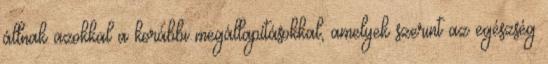
állnak azokkal a korábbi megállapításokkal, amelyek szerint az egészség